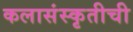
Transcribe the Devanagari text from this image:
कलासंस्कृतीची